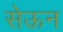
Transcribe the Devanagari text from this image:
सेऊन